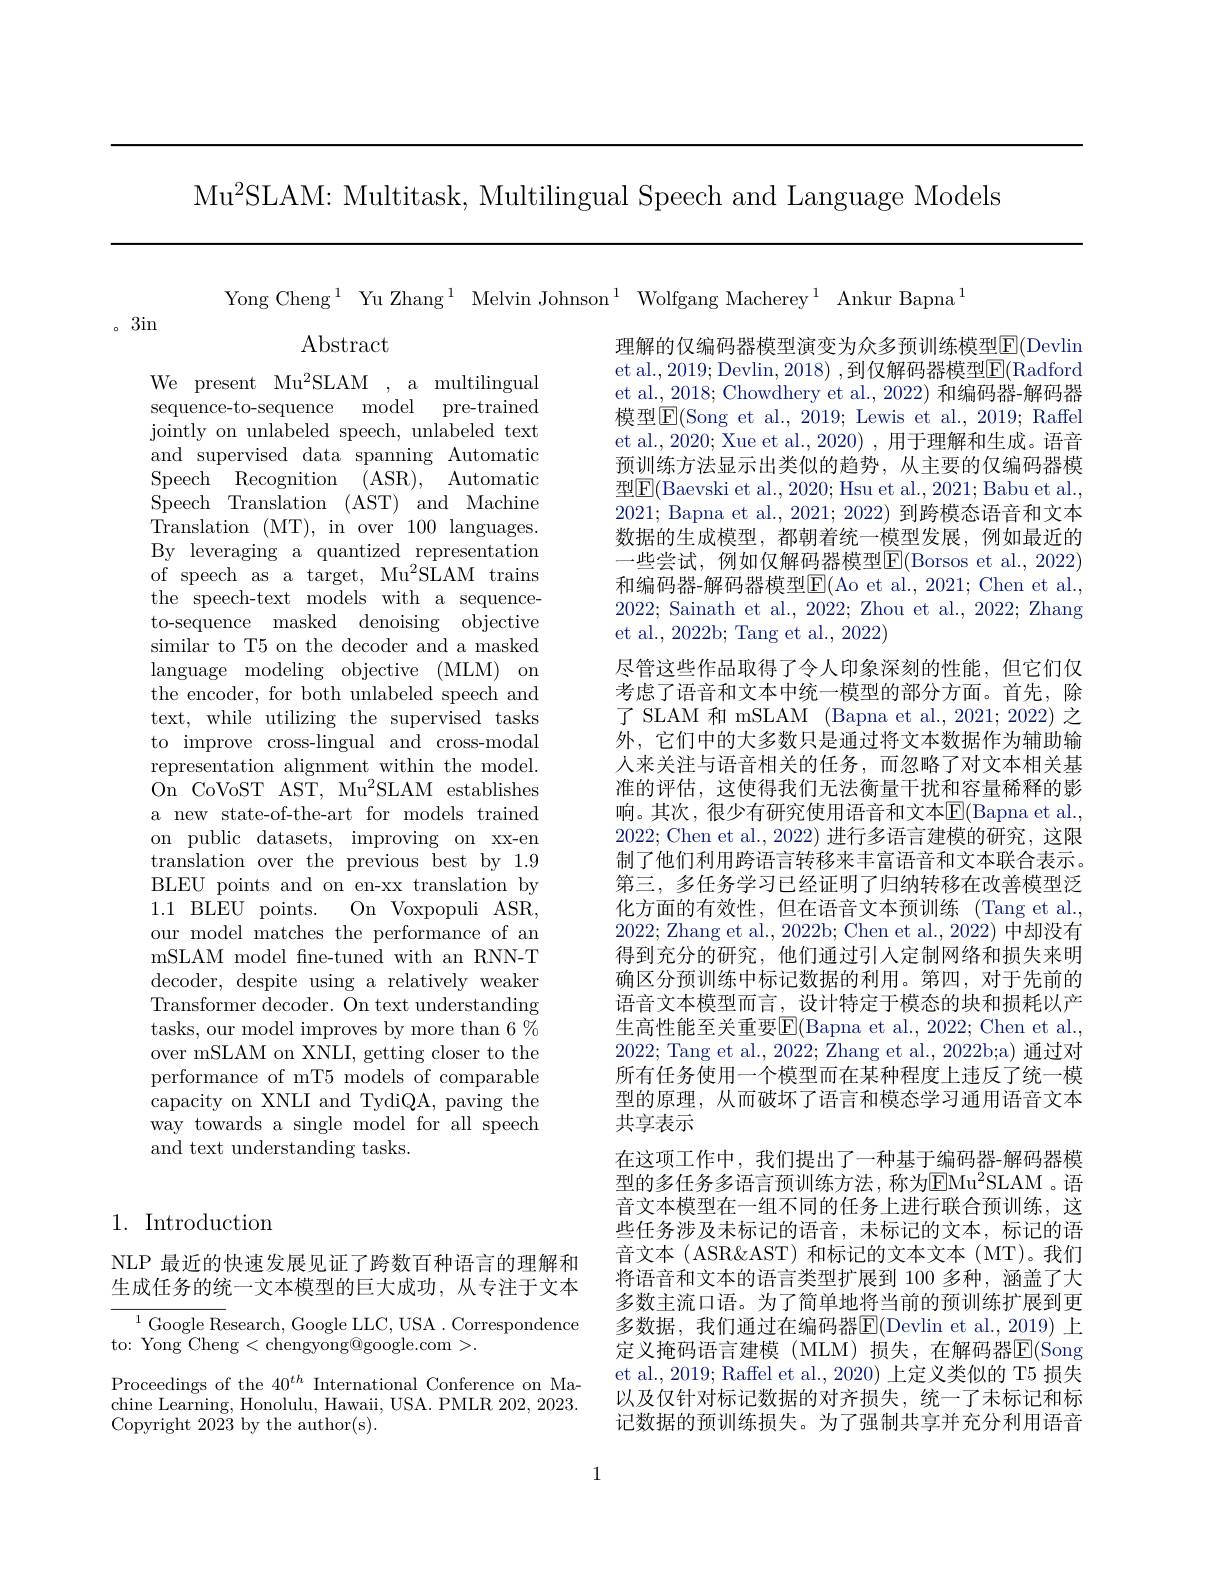
Mu$^2$SLAM: Multitask, Multilingual Speech and Language Models

Yong Cheng$^1$ Yu Zhang$^1$ Melvin Johnson$^1$ Wolfgang Macherey$^1$ Ankur Bapna$^1$

。3in

$\operatorname{Abstract}$

We present Mu$^2$SLAM , a multilingual sequence-to-sequence model pre-trained jointly on unlabeled speech, unlabeled text and supervised data spanning Automatic Speech Recognition ( $ASR) $, Automatic Speech Translation (AST) and Machine Translation (MT), in over 100 languages. By leveraging a quantized representation of speech as a target, Mu$^2$SLAM trains the speech-text models with a sequenceto-sequence masked denoising objective similar to T5 on the decoder and a masked language modeling objective (MLM) on the encoder, for both unlabeled speech and text, while utilizing the supervised tasks to improve cross-lingual and cross-modal representation alignment within the model. On CoVoST AST, Mu$^2$SLAM establishes a new state-of-the-art for models trained on public datasets, improving on xx-en translation over the previous best by 1.9 BLEU points and on en-xx translation by 1.1 BLEU points. On Voxpopuli ASR, our model matches the performance of an mSLAM model fne-tuned with an RNN-T decoder, despite using a relatively weaker Transformer decoder. On text understanding tasks, our model improves by more than 6 % over mSLAM on XNLI, getting closer to the performance of mT5 models of comparable capacity on XNLI and TydiQA, paving the way towards a single model for all speech and text understanding tasks.

理解的仅编码器模型演变为众多预训练模型$\overline{\mathrm{F}}($Devlin et al., 2019; Devlin, 2018) , 到仅解码器模型$\boxed{\mathrm{F}}($Radford et al., 2018; Chowdhery et al., 2022) 和编码器-解码器模型$\mathbb{E}($Song et al., 2019; Lewis et al., 2019; Raffel et al., 2020; Xue et al., 2020) , 用于理解和生成。语音预训练方法显示出类似的趋势，从主要的仅编码器模型$\boxed{\mathrm{F}}($Baevski et al., 2020; Hsu et al., 2021; Babu et al., 2021; Bapna et al., 2021; 2022) 到跨模态语音和文本数据的生成模型，都朝着统一模型发展，例如最近的一些尝试，例如仅解码器模型$\boxed{\mathrm{F}}($Borsos et al.,2022) 和编码器-解码器模型$\operatorname{E}($Ao et al., 2021; Chen et al., 2022; Sainath et al., 2022; Zhou et al., 2022; Zhang et al., 2022b; Tang et al., 2022)
尽管这些作品取得了令人印象深刻的性能，但它们仅考虑了语音和文本中统一模型的部分方面。首先，除了SLAM 和 mSLAM (Bapna et al., 2021; 2022) 之外，它们中的大多数只是通过将文本数据作为辅助输人来关注与语音相关的任务，而忽略了对文本相关基准的评估，这使得我们无法衡量干扰和容量稀释的影响。其次，很少有研究使用语音和文本$\overline{\mathrm{E}}($Bapna et al., 2022; Chen et al., 2022) 进行多语言建模的研究，这限制了他们利用跨语言转移来丰富语音和文本联合表示。第三，多任务学习已经证明了归纳转移在改善模型泛化方面的有效性，但在语音文本预训练(Tang et al., 2022; Zhang et al., 2022b; Chen et al., 2022) 中却没有得到充分的研究，他们通过引入定制网络和损失来明确区分预训练中标记数据的利用。第四，对于先前的语音文本模型而言，设计特定于模态的块和损耗以产生高性能至关重要$\boxed{\mathrm{F}}($Bapna et al., 2022; Chen et al., 2022; Tang et al., 2022; Zhang et al., 2022b;a) 通过对所有任务使用一个模型而在某种程度上违反了统一模型的原理，从而破坏了语言和模态学习通用语音文本共享表示
在这项工作中，我们提出了一种基于编码器-解码器模型的多任务多语言预训练方法，称为$\mathrm{EMu}^2$SLAM 。语音文本模型在一组不同的任务上进行联合预训练，这些任务涉及未标记的语音，未标记的文本，标记的语音文本(ASR&AST) 和标记的文本文本(MT)。我们将语音和文本的语言类型扩展到 100 多种，涵盖了大多数主流口语。为了简单地将当前的预训练扩展到更多数据，我们通过在编码器E(Devlin et al.,2019)上定义掩码语言建模(MLM)损失，在解码器E(Song et al., 2019; Raffel et al., 2020) 上定义类似的 T5 损失以及仅针对标记数据的对齐损失，统一了未标记和标记数据的预训练损失。为了强制共享并充分利用语音

## 1. Introduction

NLP 最近的快速发展见证了跨数百种语言的理解和生成任务的统一文本模型的巨大成功，从专注于文本

${}^{1}{\mathrm{~Google~Research,~Google~LLC,~USA.~Correspondence}}$
to: Yong Cheng <chengyong@google.com >.

Proceedings of the $40^{th}$ International Conference on Machine Learning, Honolulu, Hawaii, USA. PMLR 202, 2023. Copyright 2023 by the author(s).

1